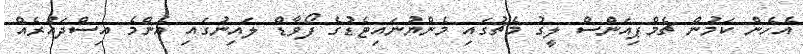
އެހެން ކަމުން ޗެމްޕިއަންސް ލީގު މެޗުގައި މެންޔުނައިޓެޑުގެ ފޯވާޑް ލައިނުގައި އެންމެ އިސްދައުރެއް